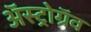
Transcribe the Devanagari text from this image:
अॅस्ट्रोग्रॅव